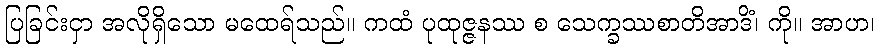
ပြခြင်းငှာ အလိုရှိသော မထေရ်သည်။ ကထံ ပုထုဇ္ဇနဿ စ သေက္ခဿစာတိအာဒိံ၊ ကို။ အာဟ၊